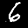
Label: 6